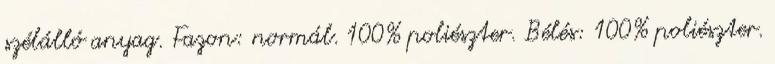
szélálló anyag. Fazon: normál. 100% poliészter. Bélés: 100% poliészter.